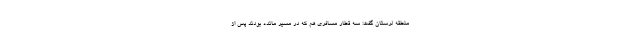
منطقه لرستان گفت: سه قطار مسافری هم که در مسیر مانده بودند پس از